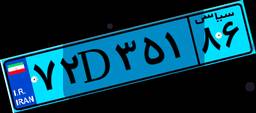
۷۲D۳۵۱۸۶